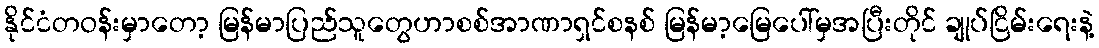
နိုင်ငံတဝန်းမှာတော့ မြန်မာပြည်သူတွေဟာစစ်အာဏာရှင်စနစ် မြန်မာ့မြေပေါ်မှအပြီးတိုင် ချုပ်ငြိမ်းရေးနဲ့